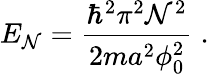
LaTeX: E_{\mathcal{N}}=\frac{{\hbar^{2}\pi^{2}\mathcal{N}^{2}}}{{2ma^{2}\phi_{0}^{2}}}\; .